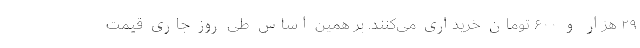
۲۹ هزار و ۶۰۰ تومان خریداری می‌کنند. بر همین‌ اساس طی روز جاری قیمت